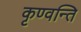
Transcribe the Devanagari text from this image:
कृण्वन्ति